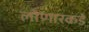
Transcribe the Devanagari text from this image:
लोणारकडे